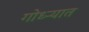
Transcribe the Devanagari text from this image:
गोध्ऱ्यात